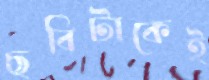
ছবিটাকেই